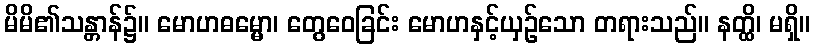
မိမိ၏သန္တာန်၌။ မောဟဓမ္မော၊ တွေဝေခြင်း မောဟနှင့်ယှဉ်သော တရားသည်။ နတ္ထိ၊ မရှိ။